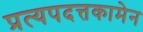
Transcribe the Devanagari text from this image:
प्रत्यपदत्तकामेन